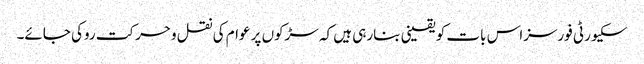
سکیورٹی فورسزاس بات کو یقینی بنارہی ہیں کہ سڑکوں پر عوام کی نقل وحرکت روکی جائے۔